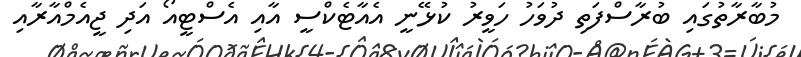
މުބާރާތުގައި ބުރާސްފަތި ދުވަހު ހަވީރު ކުޅޭނީ އެއާޓެކްސީ އާއި އެސްޓީއޯ އަދި ޖީއެމްއާރާއި